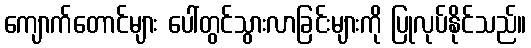
ကျောက်တောင်များ ပေါ်တွင်သွားလာခြင်းများကို ပြုလုပ်နိုင်သည်။